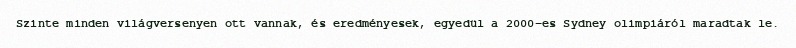
Szinte minden világversenyen ott vannak, és eredményesek, egyedül a 2000-es Sydney olimpiáról maradtak le.